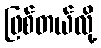
ဖြစ်တယ်လို့